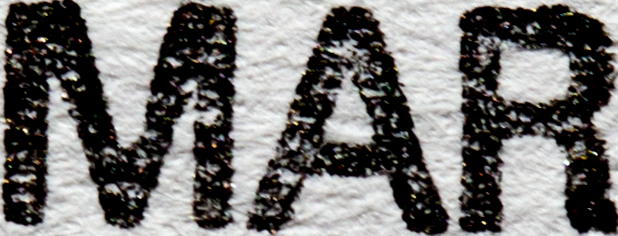
MAR